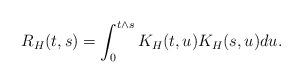
LaTeX: \begin{align*}R_H(t,s) = \int_0^{t\wedge s} K_H(t,u)K_H(s,u)du.\end{align*}